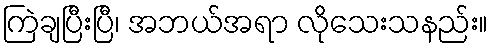
ကြဲချပြီးပြီ၊ အဘယ်အရာ လိုသေးသနည်း။